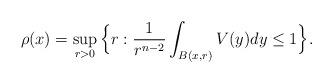
LaTeX: \begin{align*}\rho(x)=\sup_{r>0}\Big\{r:\frac{1}{r^{n-2}}\int_{B(x,r)}V(y)dy\leq1\Big\}.\end{align*}